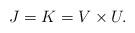
LaTeX: \begin{align*} J = K = V \times U. \end{align*}